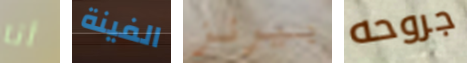
أنا الفينة بيرنز جروحه